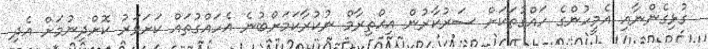
ގުޅިގެންނާއި އެމީހުންގެ ހައްގުތަކަށް ސަރުކާރުން އިޙްތިރާމް ނުކުރާކަމަށްބުނެ އެހައްގުތައް ކަށަވަރު ކޮށްދިނުމަށް އެދި